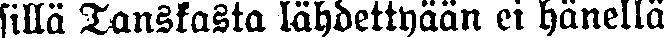
sillä Tanskasta lähdettyään ei hänellä